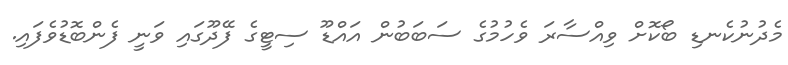
މެދުނުކެނޑި ބޯކޮށް ވިއްސާރަ ވެހުމުގެ ސަބަބުން އައްޑޫ ސިޓީގެ ފޭދޫގައި ވަނީ ފެންބޮޑުވެފައި.